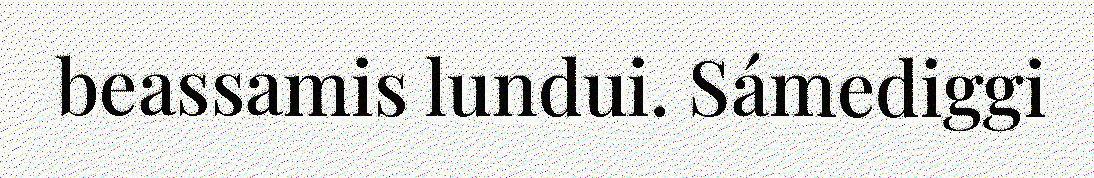
beassamis lundui. Sámediggi